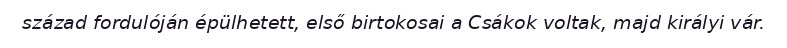
század fordulóján épülhetett, első birtokosai a Csákok voltak, majd királyi vár.